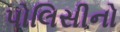
પોલિસીનો